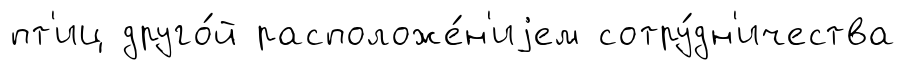
пт'иц друго́й расположе́н'иjем сотру́дн'ичества